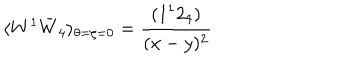
\langle W ^ { 1 } \bar { W } _ { 4 } \rangle _ { \theta = \zeta = 0 } = \frac { ( 1 ^ { 1 } 2 _ { 4 } ) } { ( x - y ) ^ { 2 } }